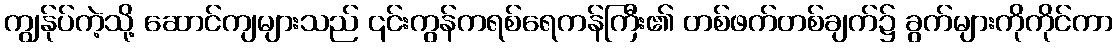
ကျွန်ုပ်ကဲ့သို့ ဆောင်ကျများသည် ၎င်းကွန်ကရစ်ရေကန်ကြီး၏ တစ်ဖက်တစ်ချက်၌ ခွက်များကိုကိုင်ကာ